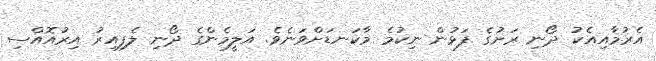
އެރުމާއިއެކު ދޯނި ރަށުގެ ފަޅުން ނިކުމެ މާކަނޑަށްވަނެވެ. އަލީމެންގެ ދޯނި ލެފިއިރު އިރުއޮއްސި